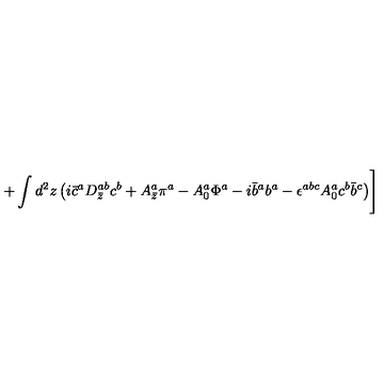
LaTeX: + \int d ^ { 2 } z \left( i \bar { c } ^ { a } D _ { \bar { z } } ^ { a b } c ^ { b } + A _ { \bar { z } } ^ { a } \pi ^ { a } - A _ { 0 } ^ { a } \Phi ^ { a } - i \bar { b } ^ { a } b ^ { a } - \epsilon ^ { a b c } A _ { 0 } ^ { a } c ^ { b } \bar { b } ^ { c } \right) \Biggr ]